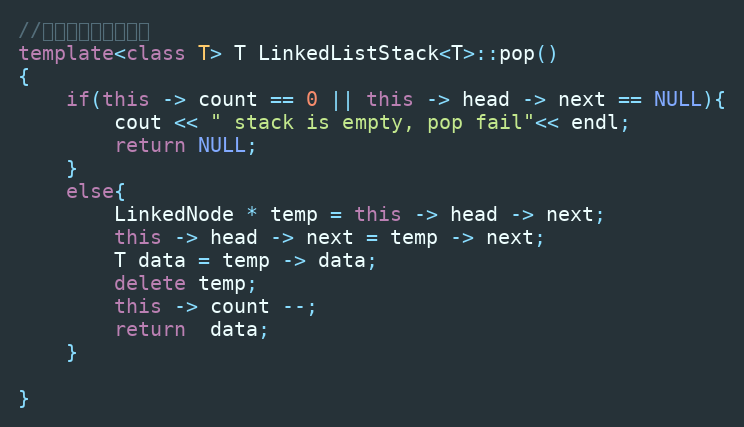
Language: C++
//出栈，删除栈顶元素
template<class T> T LinkedListStack<T>::pop()
{
    if(this -> count == 0 || this -> head -> next == NULL){
        cout << " stack is empty, pop fail"<< endl;
        return NULL;
    }
    else{
        LinkedNode * temp = this -> head -> next;
        this -> head -> next = temp -> next;
        T data = temp -> data;
        delete temp;
        this -> count --;
        return  data;
    }

}